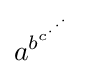
a^{b^{c^{\cdot ^{\cdot ^{\cdot }}}}}